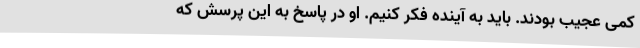
کمی عجیب بودند. باید به آینده فکر کنیم. او در پاسخ به این پرسش که